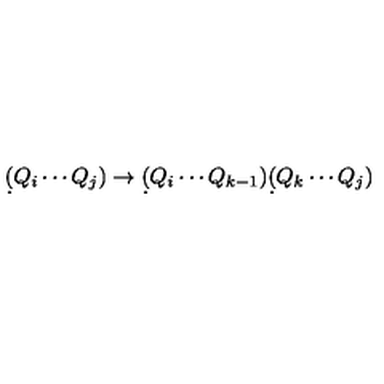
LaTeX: \d ( Q _ { i } \cdots Q _ { j } ) \to \d ( Q _ { i } \cdots Q _ { k - 1 } ) \d ( Q _ { k } \cdots Q _ { j } )